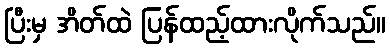
ပြီးမှ အိတ်ထဲ ပြန်ထည့်ထားလိုက်သည်။